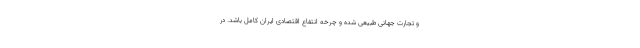
و تجارت جهانی طبیعی شده و چرخه انتفاع اقتصادی ایران کامل باشد. در